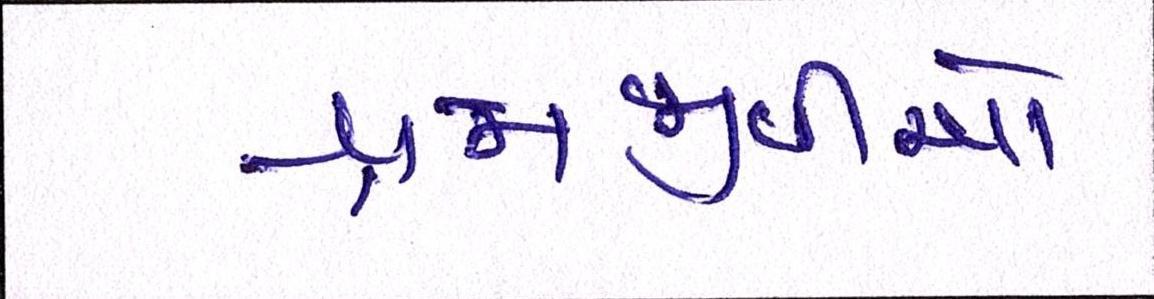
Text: શ્રમજીવીઓ